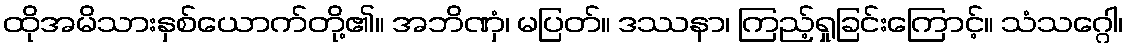
ထိုအမိသားနှစ်ယောက်တို့၏။ အဘိဏှံ၊ မပြတ်။ ဒဿနာ၊ ကြည့်ရှုခြင်းကြောင့်။ သံသဂ္ဂေါ၊